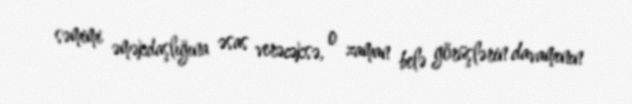
səmimi əməkdaşlığına əsas verəcəksə, o zaman belə görüşlərin davamının